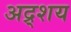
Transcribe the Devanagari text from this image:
अद्र्शय